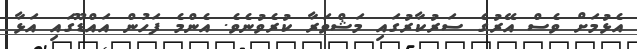
އެޅުމަށް ވެސް އޭރުގެ ސަރުކާރުގައި މަޝްވަރާ ކުރެވުނެވެ. އެންމެ ފަހުން އައްޑޫގައި އަޅާ